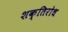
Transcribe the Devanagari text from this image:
शक्तिरोध